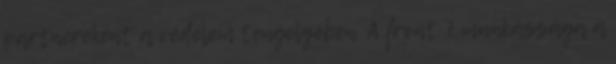
partnereként a védelem tengelyében. A front 7 munkássága a